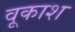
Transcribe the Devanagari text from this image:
वूकाश